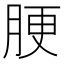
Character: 𦛟